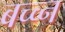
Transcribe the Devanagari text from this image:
बच्च्न